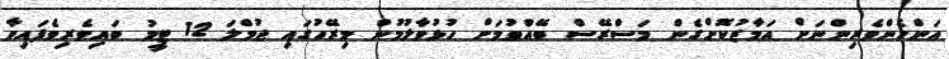
އަންހެންވެރިންނަށް އަމާޒުކޮށްގެން މަސްރޭސް ބޭއްވުމަށް ހުޅުވާލުމުން މިރޭހުގައި ޖުމްލަ 12 ޓީމު ބައިވެރިވެފައިވާ